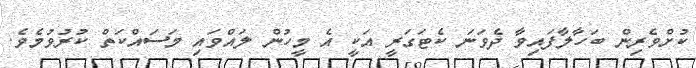
ކުށްވެރިން ބަހާލާފައިވާ ދެވަނަ ކެޓަގަރީ އަކީ އެ މީހުން ލައްވައި މަސައްކަތް ކުރުވުމެވެ.